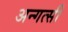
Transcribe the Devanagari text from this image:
अन्गत्सी